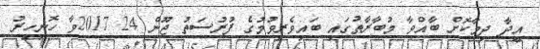
އީދާ ދިމާކޮށް ބާއްވާ މުބާރާތުގައި ބައިވެރިވުމުގެ ފުރުސަތު ޖޫން 24 2017ވާ ހޮނިހިރު